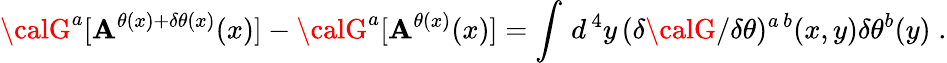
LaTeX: {\calG}^{a}[{\cal\mathbf{A}}^{\theta(x)+\delta\theta(x)}(x)]-{\calG}^{a}[{\cal\mathbf{A}}^{\theta(x)}(x)]=\int\, d^{\, 4}y\, ({\delta{\calG}/\delta\theta})^{a\, b}(x,y)\delta\theta^{b}(y)\; .